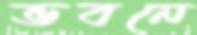
ভবনে